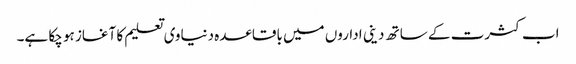
اب کثرت کے ساتھ دینی اداروں میں باقاعدہ دنیاوی تعلیم کا آغاز ہو چکا ہے۔